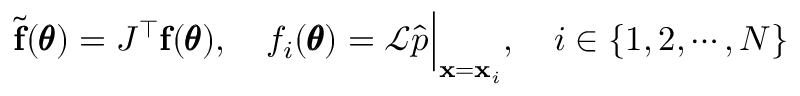
\widetilde { \mathbf f } ( \pmb \theta ) = J ^ { \top } \mathbf f ( \pmb \theta ) , \quad f _ { i } ( \pmb \theta ) = \mathcal L \hat { p } \Big | _ { \mathbf x = \mathbf x _ { i } } , \quad i \in \{ 1 , 2 , \cdots , N \}